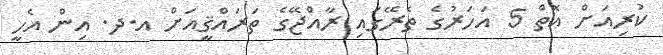
ކުރިއަށް އޮތް 5 އަހަރުގެ ތެރޭގައި ރާއްޖޭގެ ތަރައްޤީއަށް އ.ދ. އިން އެހީ